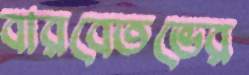
বারবেতভের